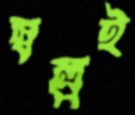
স্বল্পই